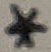
Text: *